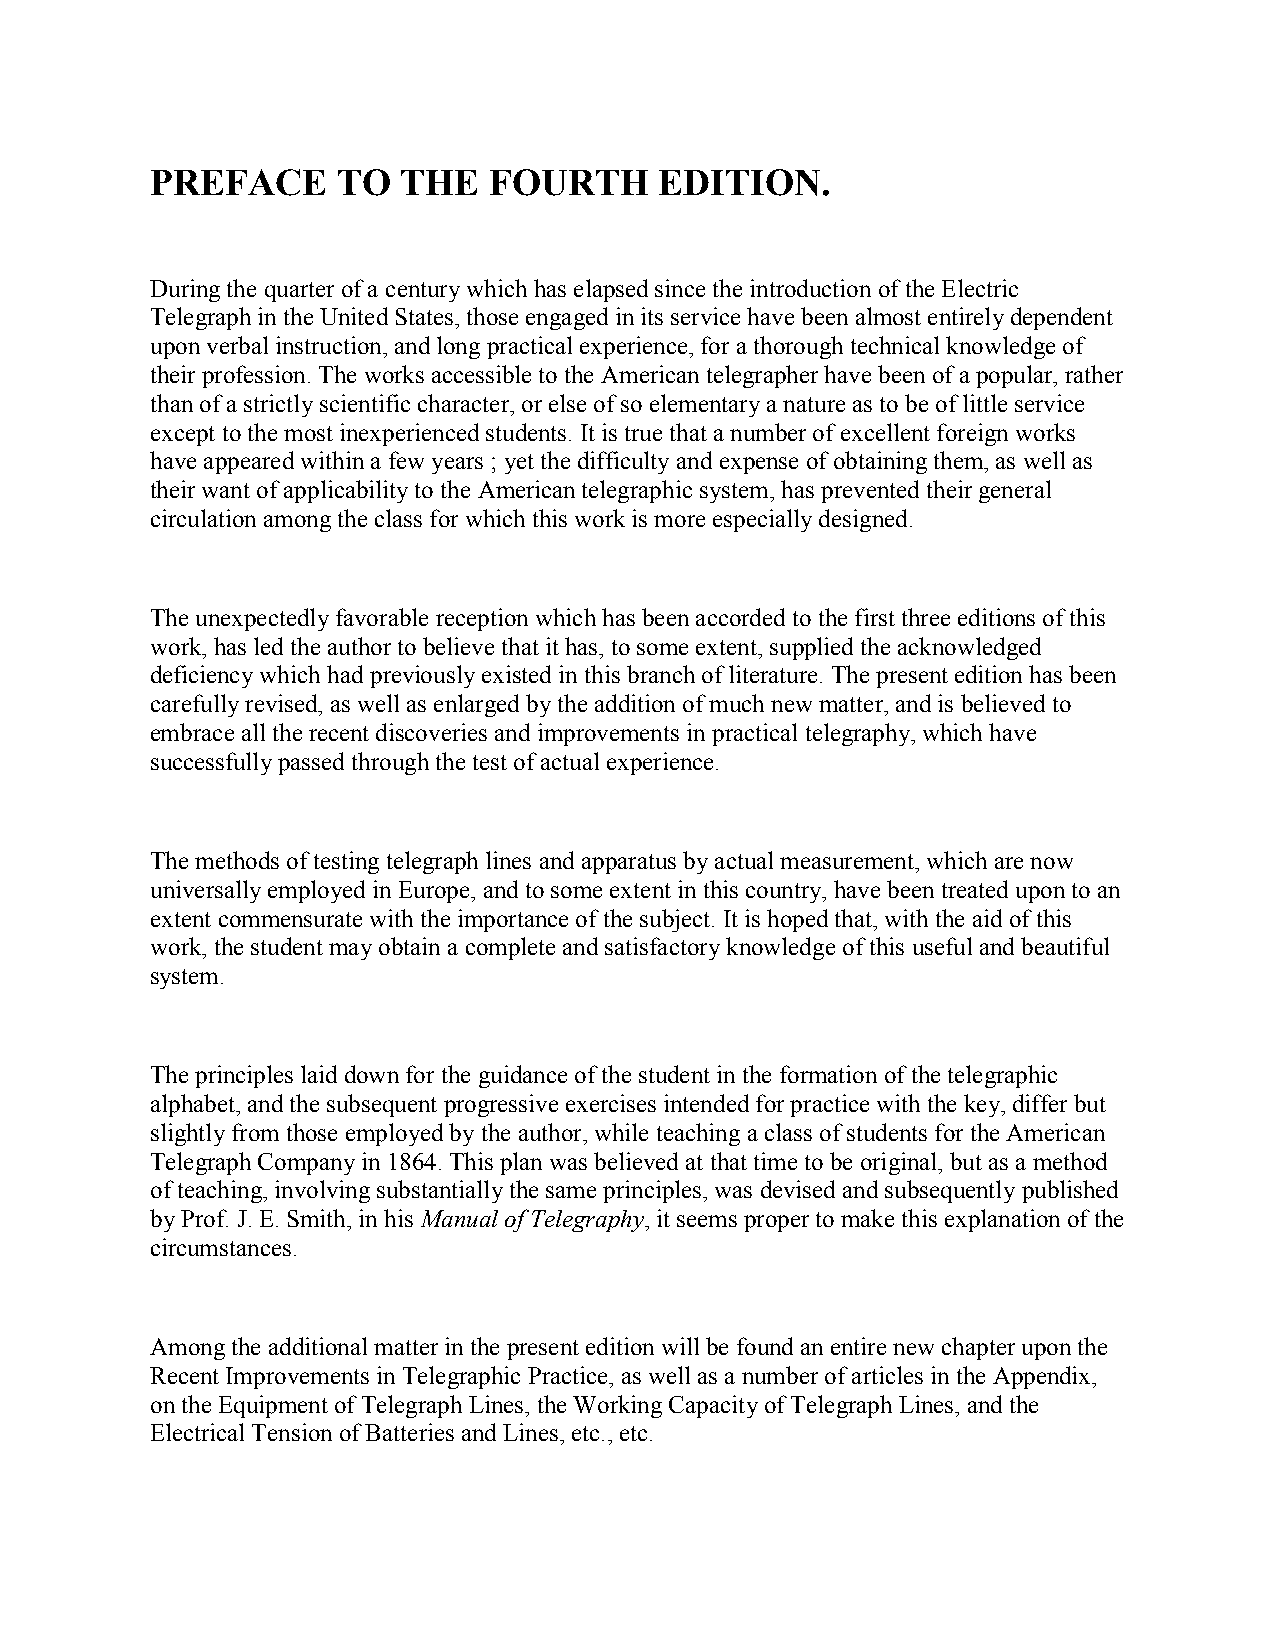
PREFACE     TO   THE  FOURTH      EDITION.
 During the quarter of a century which has elapsed since the introduction of the Electric
 Telegraph in the United States, those engaged in its service have been almost entirely dependent
 upon verbal instruction, and long practical experience, for a thorough technical knowledge of
 their profession. The works accessible to the American telegrapher have been of a popular, rather
 than of a strictly scientific character, or else of so elementary a nature as to be of little service
 except to the most inexperienced students. It is true that a number of excellent foreign works
 have appeared within a few years ; yet the difficulty and expense of obtaining them, as well as
 their want of applicability to the American telegraphic system, has prevented their general
 circulation among the class for which this work is more especially designed.
 The unexpectedly favorable reception which has been accorded to the first three editions of this
 work, has led the author to believe that it has, to some extent, supplied the acknowledged
 deficiency which had previously existed in this branch of literature. The present edition has been
 carefully revised, as well as enlarged by the addition of much new matter, and is believed to
 embrace all the recent discoveries and improvements in practical telegraphy, which have
 successfully passed through the test of actual experience.
 The methods of testing telegraph lines and apparatus by actual measurement, which are now
 universally employed in Europe, and to some extent in this country, have been treated upon to an
 extent commensurate with the importance of the subject. It is hoped that, with the aid of this
 work, the student may obtain a complete and satisfactory knowledge of this useful and beautiful
 system.
 The principles laid down for the guidance of the student in the formation of the telegraphic
 alphabet, and the subsequent progressive exercises intended for practice with the key, differ but
 slightly from those employed by the author, while teaching a class of students for the American
 Telegraph Company in 1864. This plan was believed at that time to be original, but as a method
 of teaching, involving substantially the same principles, was devised and subsequently published
 by Prof. J. E. Smith, in his Manual of Telegraphy, it seems proper to make this explanation of the
 circumstances.
 Among the additional matter in the present edition will be found an entire new chapter upon the
 Recent Improvements in Telegraphic Practice, as well as a number of articles in the Appendix,
 on the Equipment of Telegraph Lines, the Working Capacity of Telegraph Lines, and the
 Electrical Tension of Batteries and Lines, etc., etc.